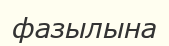
фазылына